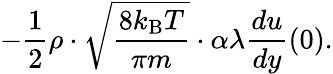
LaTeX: -{\frac{1}{2}}\rho\cdot{\sqrt{\frac{8k_{\mathrm{B}}T}{\pi m}}}\cdot\alpha\lambda{\frac{du}{dy}}(0).